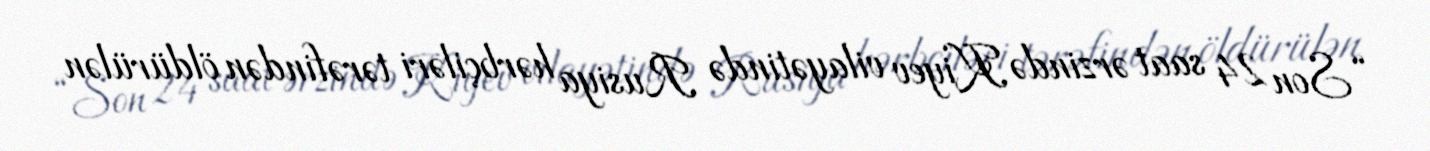
“Son 24 saat ərzində Kiyev vilayətində Rusiya hərbçiləri tərəfindən öldürülən